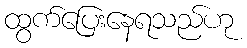
ထွက်ပြေးနေရသည်ဟု